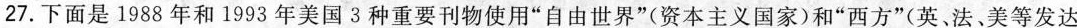
27.下面是1988年和1993年美国3中重要刊物使用“自由世界”（资本主义国家）和“西方”（英、法、美等发达）